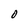
Character: o